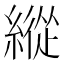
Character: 縱